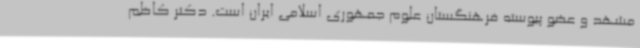
مشهد و عضو پیوسته فرهنگستان علوم جمهوری اسلامی ایران است. دکتر کاظم